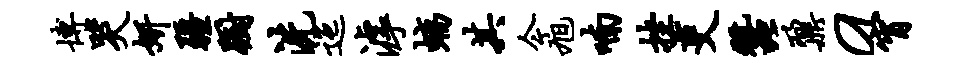
博哭妍疆蹰洗迤滹螭其今旭喃挫吏蚕鼐a宵